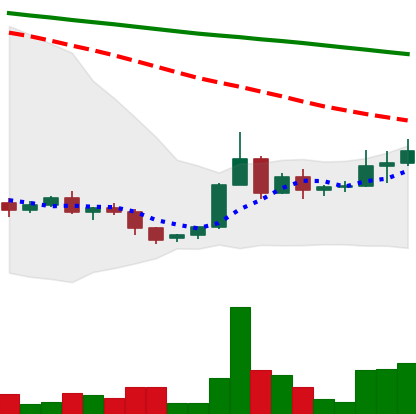
Ticker: ADA-USD
Chart end date: 2022-06-08
Forward return: -27.817%
Label: down_7plus